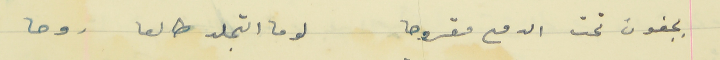
بجفون تحت الدمع مقروحا                                  لوما التجلد طالعا روحا